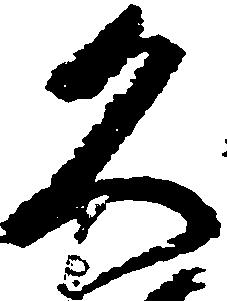
久